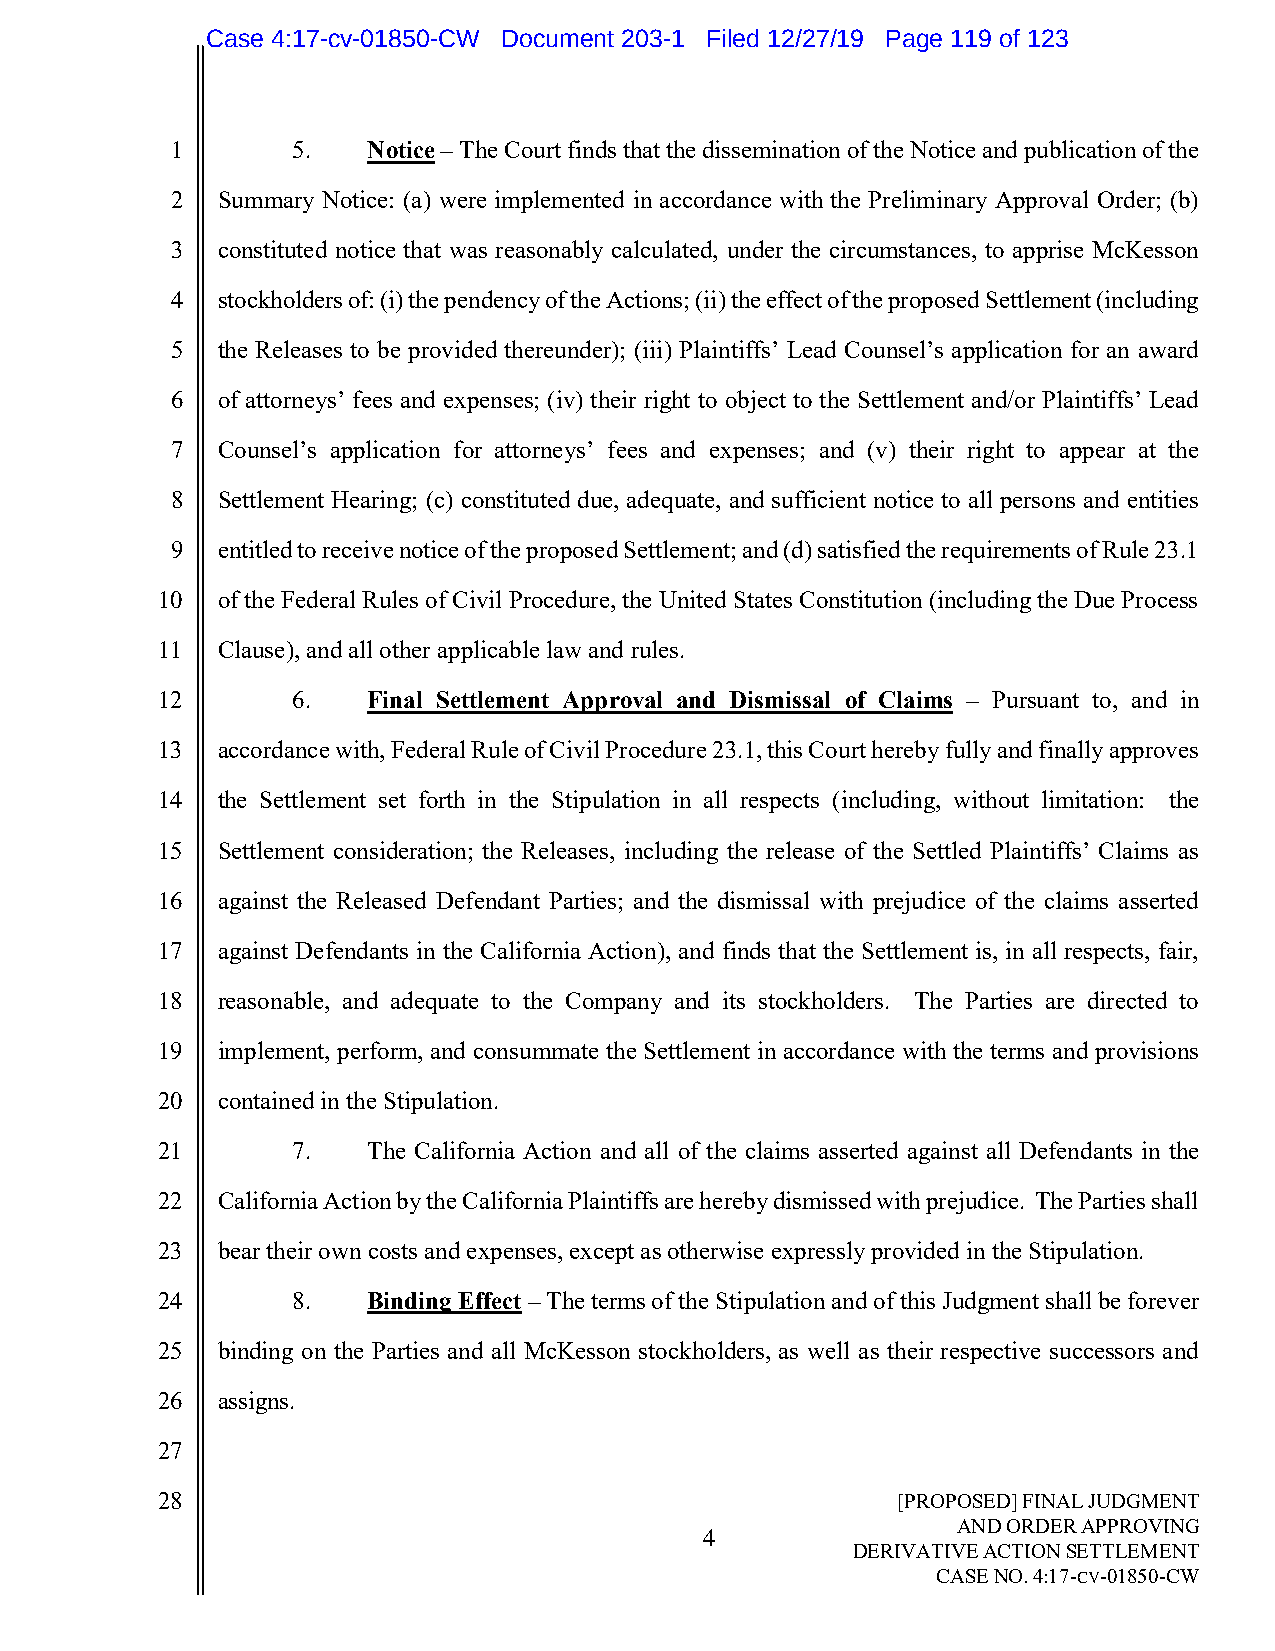
Case 4:17-cv-01850-CW Document 203-1 Filed 12/27/19 Page 119 of 123
 1       5.   Notice – The Court finds that the dissemination of the Notice and publication of the
 2  Summary Notice: (a) were implemented in accordance with the Preliminary Approval Order; (b)
 3  constituted notice that was reasonably calculated, under the circumstances, to apprise McKesson
 4  stockholders of: (i) the pendency of the Actions; (ii) the effect of the proposed Settlement (including
 5  the Releases to be provided thereunder); (iii) Plaintiffs’ Lead Counsel’s application for an award
 6  of attorneys’ fees and expenses; (iv) their right to object to the Settlement and/or Plaintiffs’ Lead
 7  Counsel’s application for attorneys’ fees and expenses; and (v) their right to appear at the
 8  Settlement Hearing; (c) constituted due, adequate, and sufficient notice to all persons and entities
 9  entitled to receive notice of the proposed Settlement; and (d) satisfied the requirements of Rule 23.1
 10  of the Federal Rules of Civil Procedure, the United States Constitution (including the Due Process
 11  Clause), and all other applicable law and rules.
 12       6.   Final Settlement Approval and Dismissal of Claims – Pursuant to, and in
 13  accordance with, Federal Rule of Civil Procedure 23.1, this Court hereby fully and finally approves
 14  the Settlement set forth in the Stipulation in all respects (including, without limitation: the
 15  Settlement consideration; the Releases, including the release of the Settled Plaintiffs’ Claims as
 16  against the Released Defendant Parties; and the dismissal with prejudice of the claims asserted
 17  against Defendants in the California Action), and finds that the Settlement is, in all respects, fair,
 18  reasonable, and adequate to the Company and its stockholders. The Parties are directed to
 19  implement, perform, and consummate the Settlement in accordance with the terms and provisions
 20  contained in the Stipulation.
 21       7.   The California Action and all of the claims asserted against all Defendants in the
 22  California Action by the California Plaintiffs are hereby dismissed with prejudice. The Parties shall
 23  bear their own costs and expenses, except as otherwise expressly provided in the Stipulation.
 24       8.   Binding Effect – The terms of the Stipulation and of this Judgment shall be forever
 25  binding on the Parties and all McKesson stockholders, as well as their respective successors and
 26  assigns.
 27
 28                                               [PROPOSED] FINAL JUDGMENT
 4
 AND ORDER APPROVING
 DERIVATIVE ACTION SETTLEMENT
 CASE NO. 4:17-CV-01850-CW